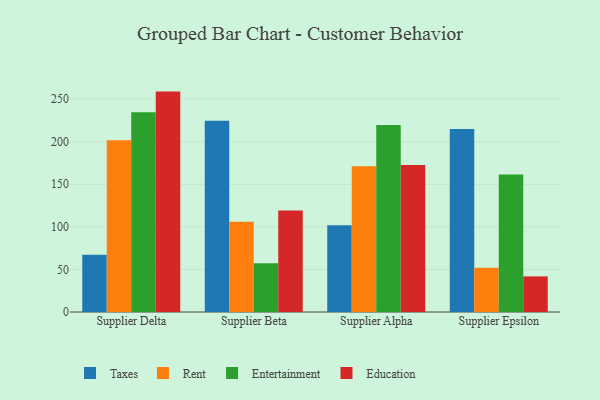
{"axis": {"x": "Supplier", "y": "Shipments"}, "legend": ["Education", "Entertainment", "Rent", "Taxes"], "data": [{"x": "Supplier Delta", "y": 67.1, "type": "Taxes"}, {"x": "Supplier Delta", "y": 201.7, "type": "Rent"}, {"x": "Supplier Delta", "y": 234.6, "type": "Entertainment"}, {"x": "Supplier Delta", "y": 258.8, "type": "Education"}, {"x": "Supplier Beta", "y": 224.6, "type": "Taxes"}, {"x": "Supplier Beta", "y": 105.9, "type": "Rent"}, {"x": "Supplier Beta", "y": 57.3, "type": "Entertainment"}, {"x": "Supplier Beta", "y": 119.2, "type": "Education"}, {"x": "Supplier Alpha", "y": 101.8, "type": "Taxes"}, {"x": "Supplier Alpha", "y": 171.1, "type": "Rent"}, {"x": "Supplier Alpha", "y": 219.7, "type": "Entertainment"}, {"x": "Supplier Alpha", "y": 172.5, "type": "Education"}, {"x": "Supplier Epsilon", "y": 214.8, "type": "Taxes"}, {"x": "Supplier Epsilon", "y": 52.1, "type": "Rent"}, {"x": "Supplier Epsilon", "y": 161.4, "type": "Entertainment"}, {"x": "Supplier Epsilon", "y": 41.8, "type": "Education"}]}